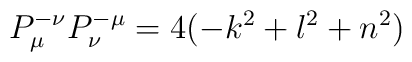
P_{\mu }^{-\nu }P_{\nu }^{-\mu }=4(-k^{2}+l^{2}+n^{2})